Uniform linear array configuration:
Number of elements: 12
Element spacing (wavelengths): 0.75
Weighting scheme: blackman
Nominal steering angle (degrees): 45
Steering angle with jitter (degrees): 44.746
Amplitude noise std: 0.05
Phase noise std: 0.05

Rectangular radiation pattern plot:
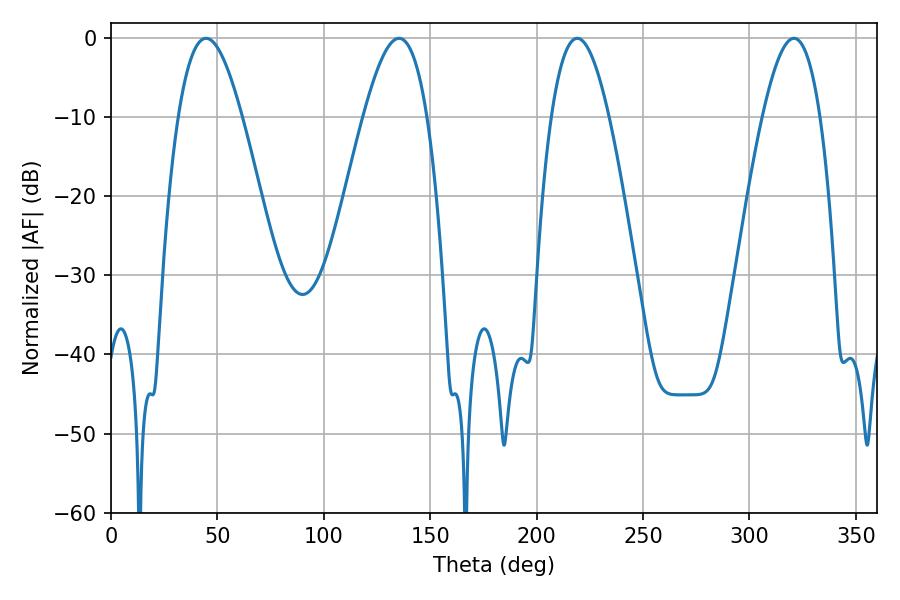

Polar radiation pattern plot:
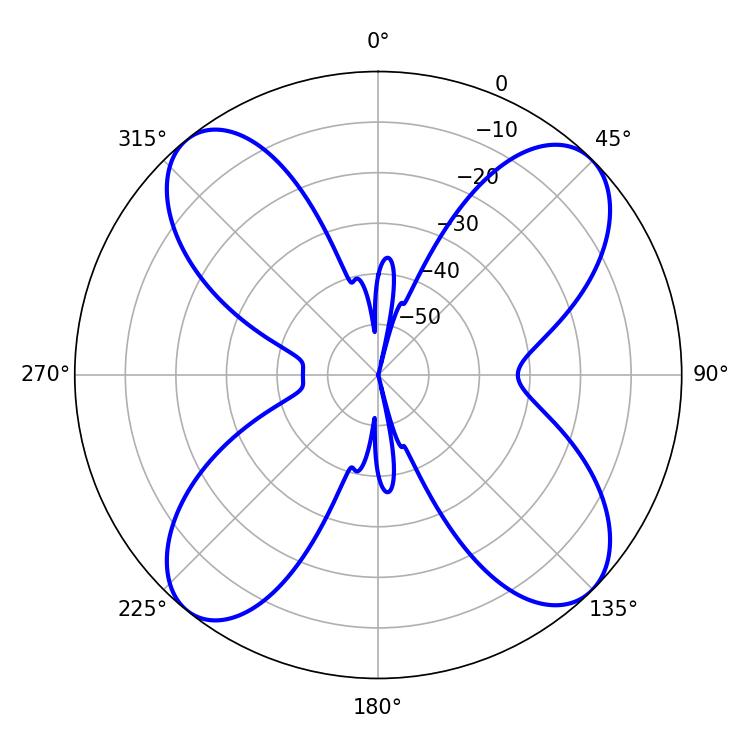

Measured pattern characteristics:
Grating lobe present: TRUE
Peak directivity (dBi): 13.792
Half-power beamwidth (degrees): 16.2
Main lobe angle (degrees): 44.64